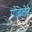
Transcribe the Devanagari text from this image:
गोबलेट